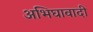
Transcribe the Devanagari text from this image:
अभिघावादी